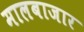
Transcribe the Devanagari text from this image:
मालबाजार